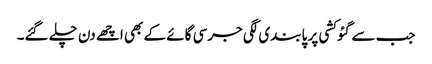
جب سے گئو کشی پر پابندی لگی جرسی گائے کے بھی اچھے دن چلے گئے۔